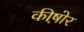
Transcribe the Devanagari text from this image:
कीष़ोर